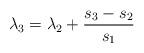
LaTeX: \begin{align*}\lambda_3 = \lambda_2 + \frac{s_3 - s_2} {s_1} \\\end{align*}